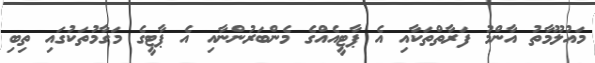
މައުލޫމާތު އާންމު ފަރާތްތަކާއި އެ ޕާޓީއެއްގެ މެންބަރުންނާއި އެ ޕާޓީގެ މަގާމުތަކުގައި ތިބި